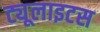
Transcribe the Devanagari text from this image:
ट्यूलाइटस